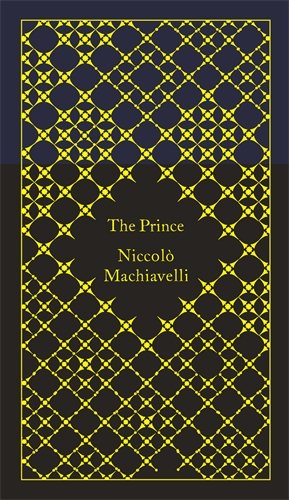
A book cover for The Prince (Hardcover Classics); Niccolo Machiavelli; Politics & Social Sciences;